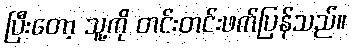
ပြီးတော့ သူ့ကို တင်းတင်းဖက်ပြန်သည်။